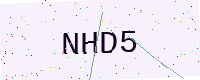
Text: NHD5